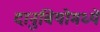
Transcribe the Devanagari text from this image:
दानुबियोमध्ये